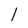
Character: I